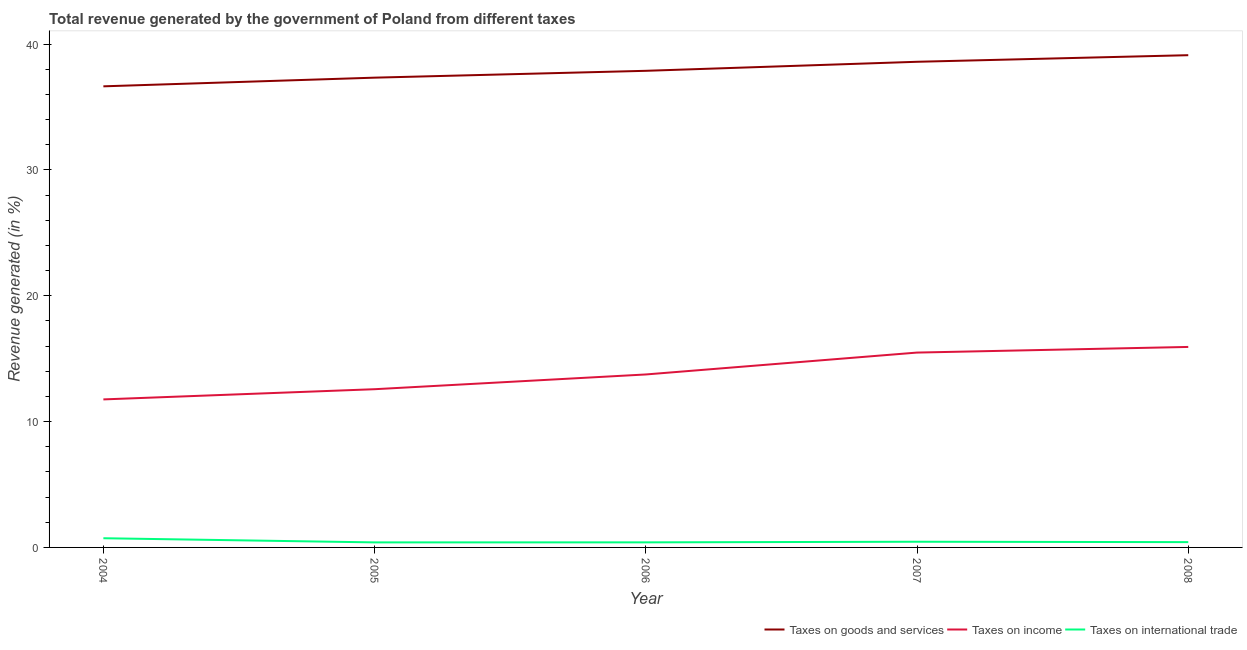
| Year | Taxes on goods and services | Taxes on income | Taxes on international trade |
 | --- | --- | --- | --- |
 | 2004 | 36.6 | 11.8 | 0.731 |
 | 2005 | 37.3 | 12.6 | 0.4 |
 | 2006 | 37.9 | 13.7 | 0.403 |
 | 2007 | 38.6 | 15.5 | 0.452 |
 | 2008 | 39.1 | 15.9 | 0.421 |